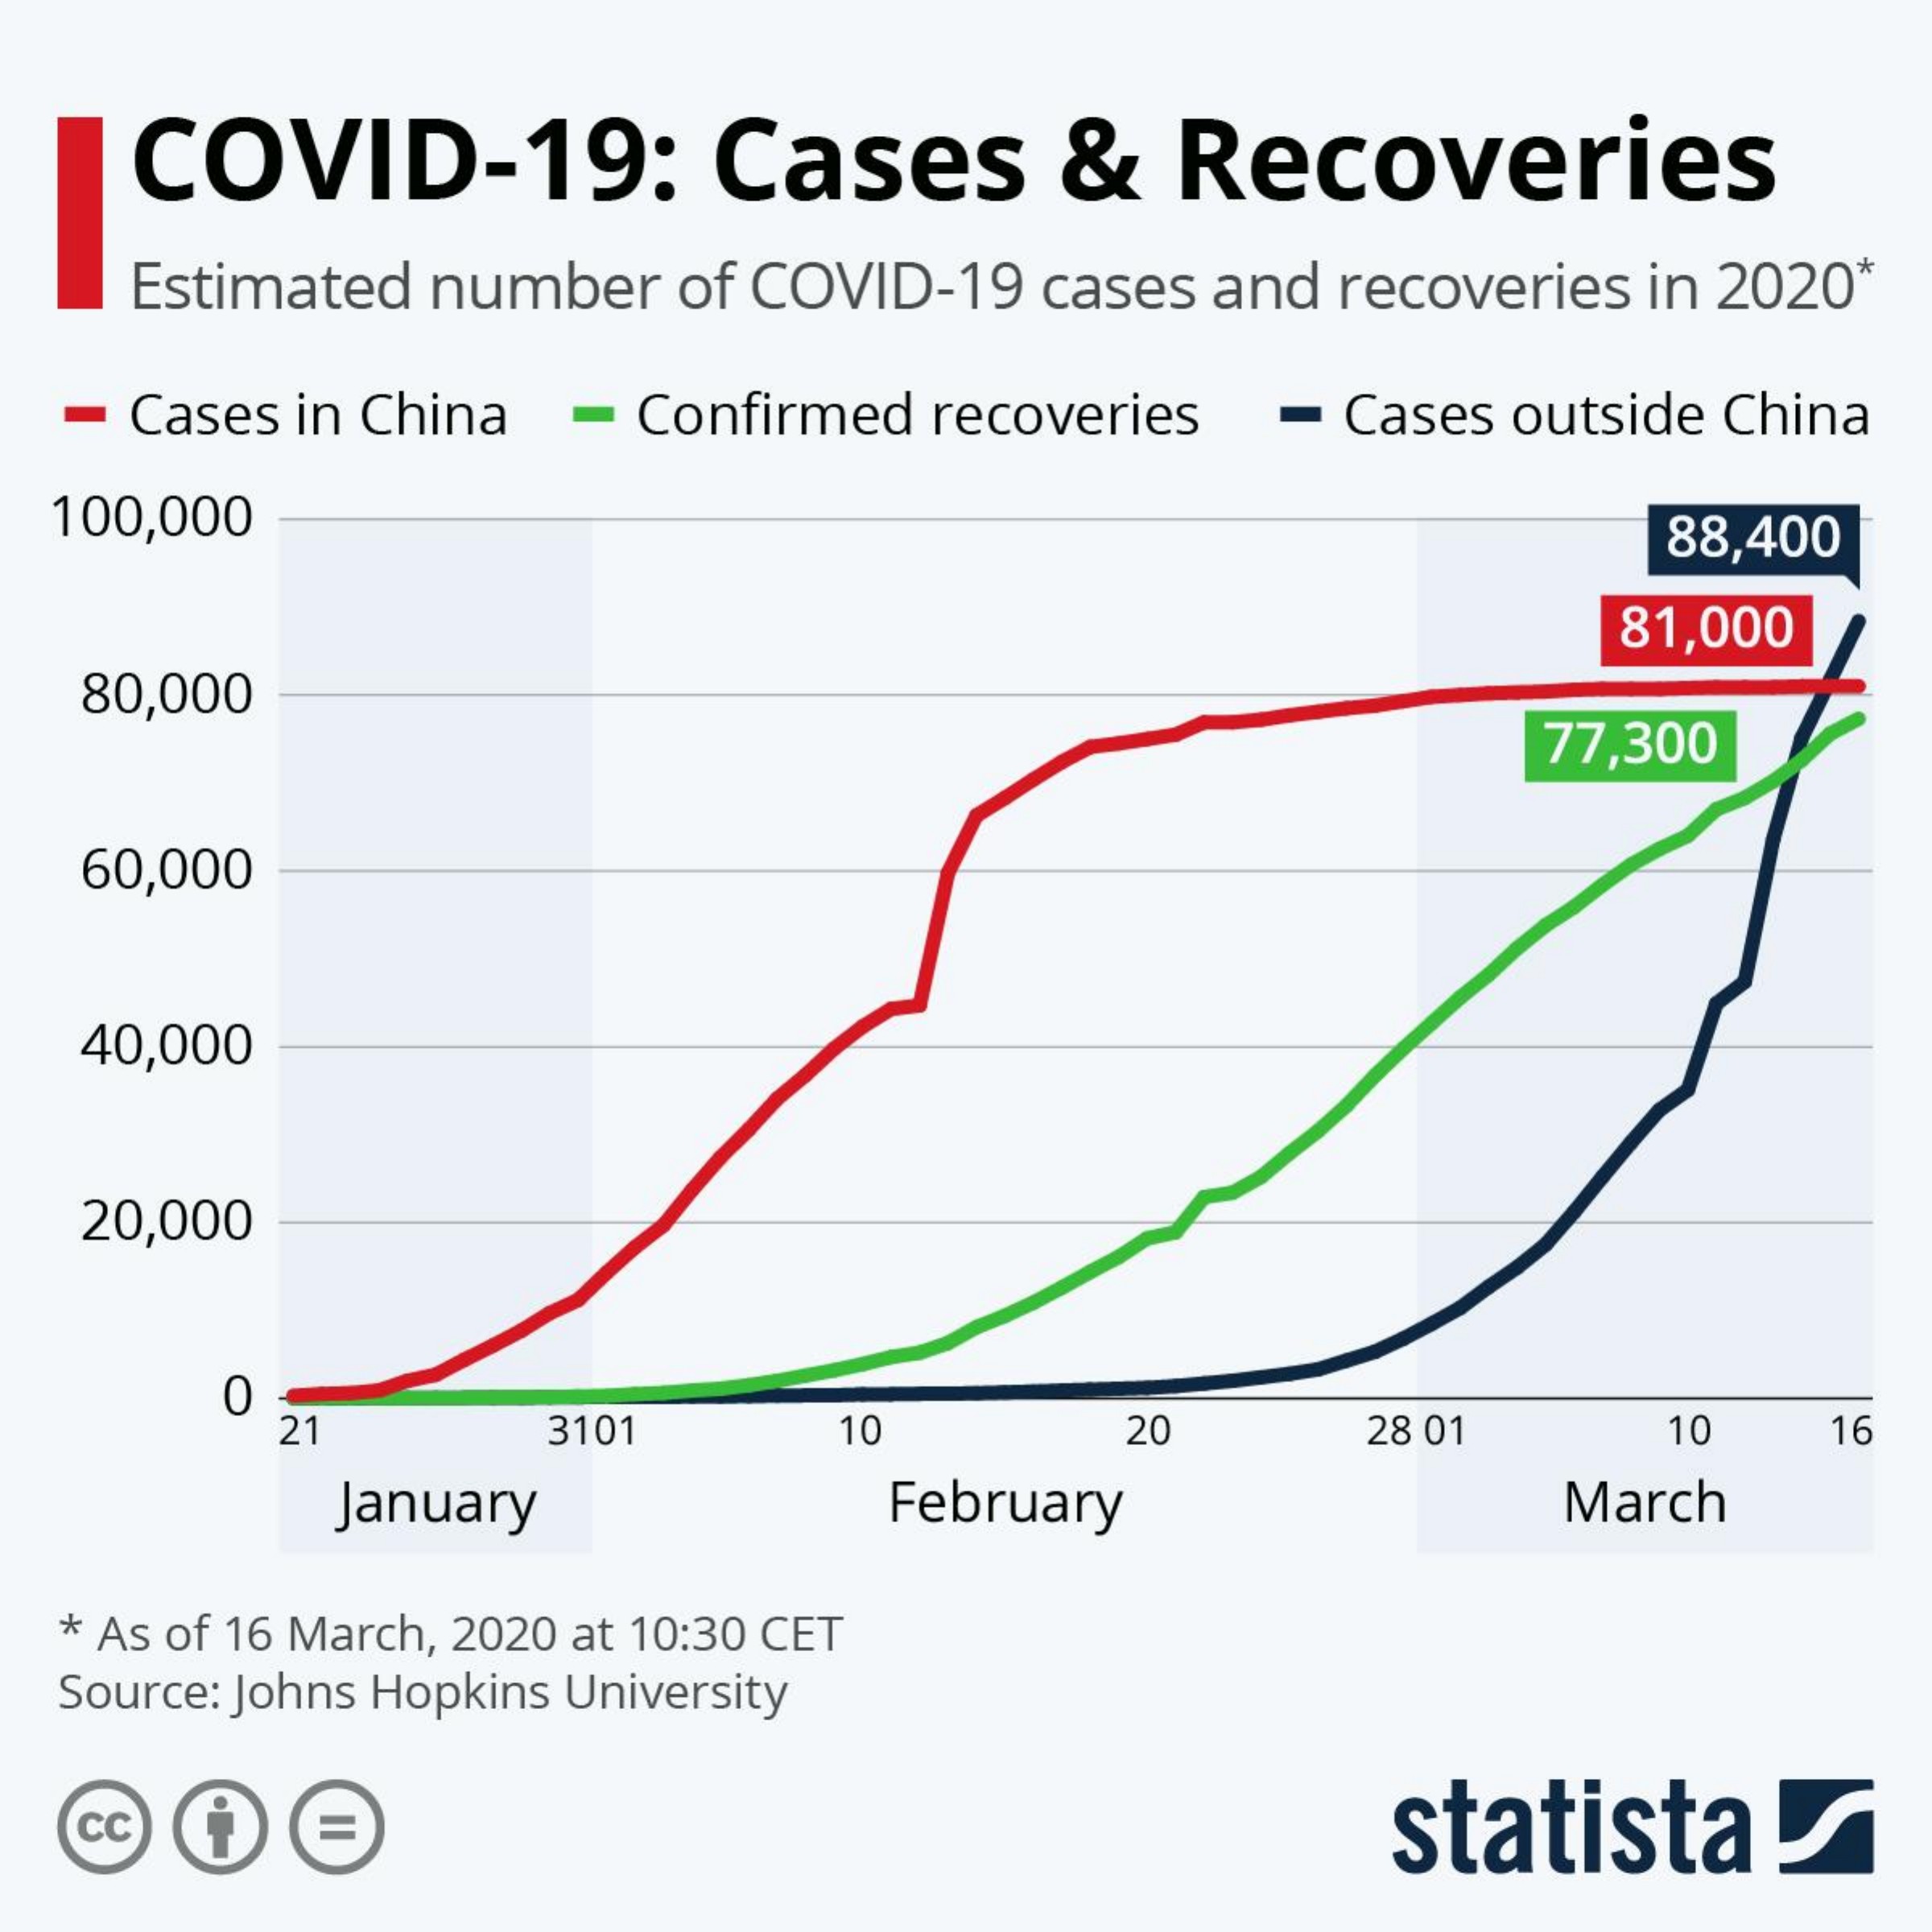
COVID-19:    Cases    &  Recoveries
    Estimated number of COVID-19 cases and recoveries in 2020*
  - Cases in China - Confirmed recoveries - Cases outside China
  100,000    88,400
     81,000
   80,000
     77,300
   60,000
   40,000
   20,000
     0
     21    3101    10    20    28 01    10  16
     January    February    March
  * As of 16 March, 2020 at 10:30 CET
  Source: Johns Hopkins University
  cc    statista